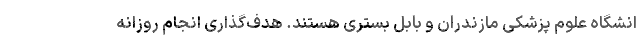
انشگاه علوم پزشکی مازندران و بابل بستری هستند. هدف‌گذاری انجام روزانه